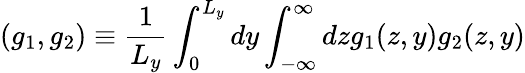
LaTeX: (g_{1},g_{2})\equiv\frac{1}{L_{y}}\int_{0}^{L_{y}}dy\int_{-\infty}^{\infty}dzg_{1}(z,y)g_{2}(z,y)